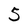
Character: 5